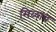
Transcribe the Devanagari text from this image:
मिळाव